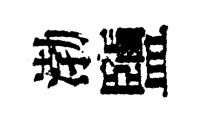
渤鹽